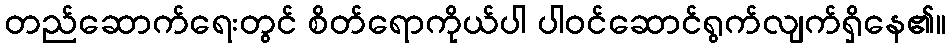
တည်ဆောက်ရေးတွင် စိတ်ရောကိုယ်ပါ ပါဝင်ဆောင်ရွက်လျက်ရှိနေ၏။